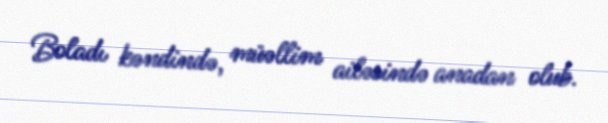
Boladı kəndində, müəllim ailəsində anadan olub.